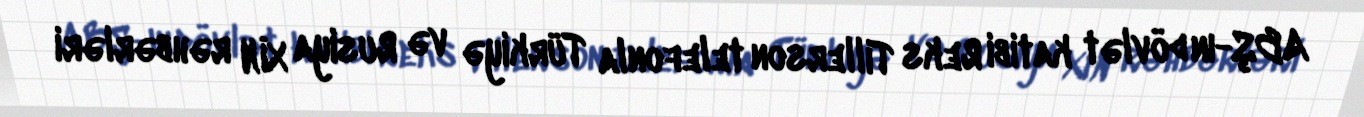
ABŞ-ın dövlət katibi Reks Tillerson telefonla Türkiyə və Rusiya XİN rəhbərləri